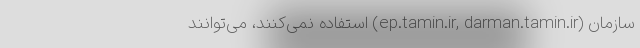
سازمان (ep.tamin.ir, darman.tamin.ir) استفاده نمی‌کنند، می‌توانند